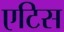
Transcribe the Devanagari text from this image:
एटिस